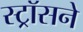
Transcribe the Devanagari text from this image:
स्ट्रॉसने